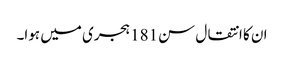
ان کا انتقال سن181 ہجری میں ہوا۔